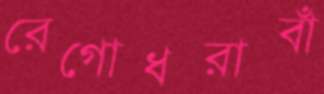
রেগোধরাবাঁ